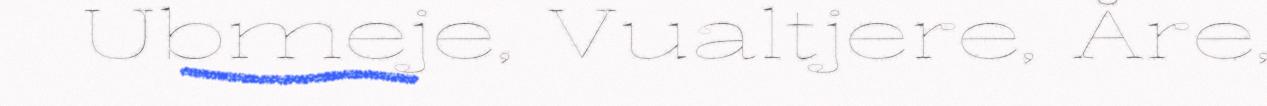
Ubmeje, Vualtjere, Åre,